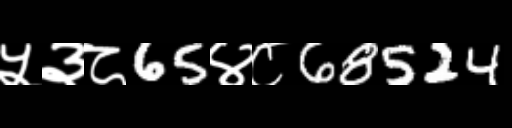
Text: ५३८65४८68524